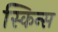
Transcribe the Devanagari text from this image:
स्किन्स